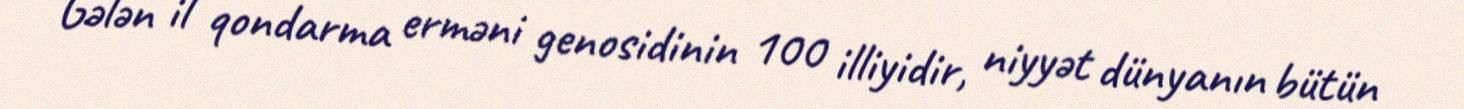
Gələn il qondarma erməni genosidinin 100 illiyidir, niyyət dünyanın bütün